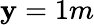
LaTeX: \mathbf{y}=1m